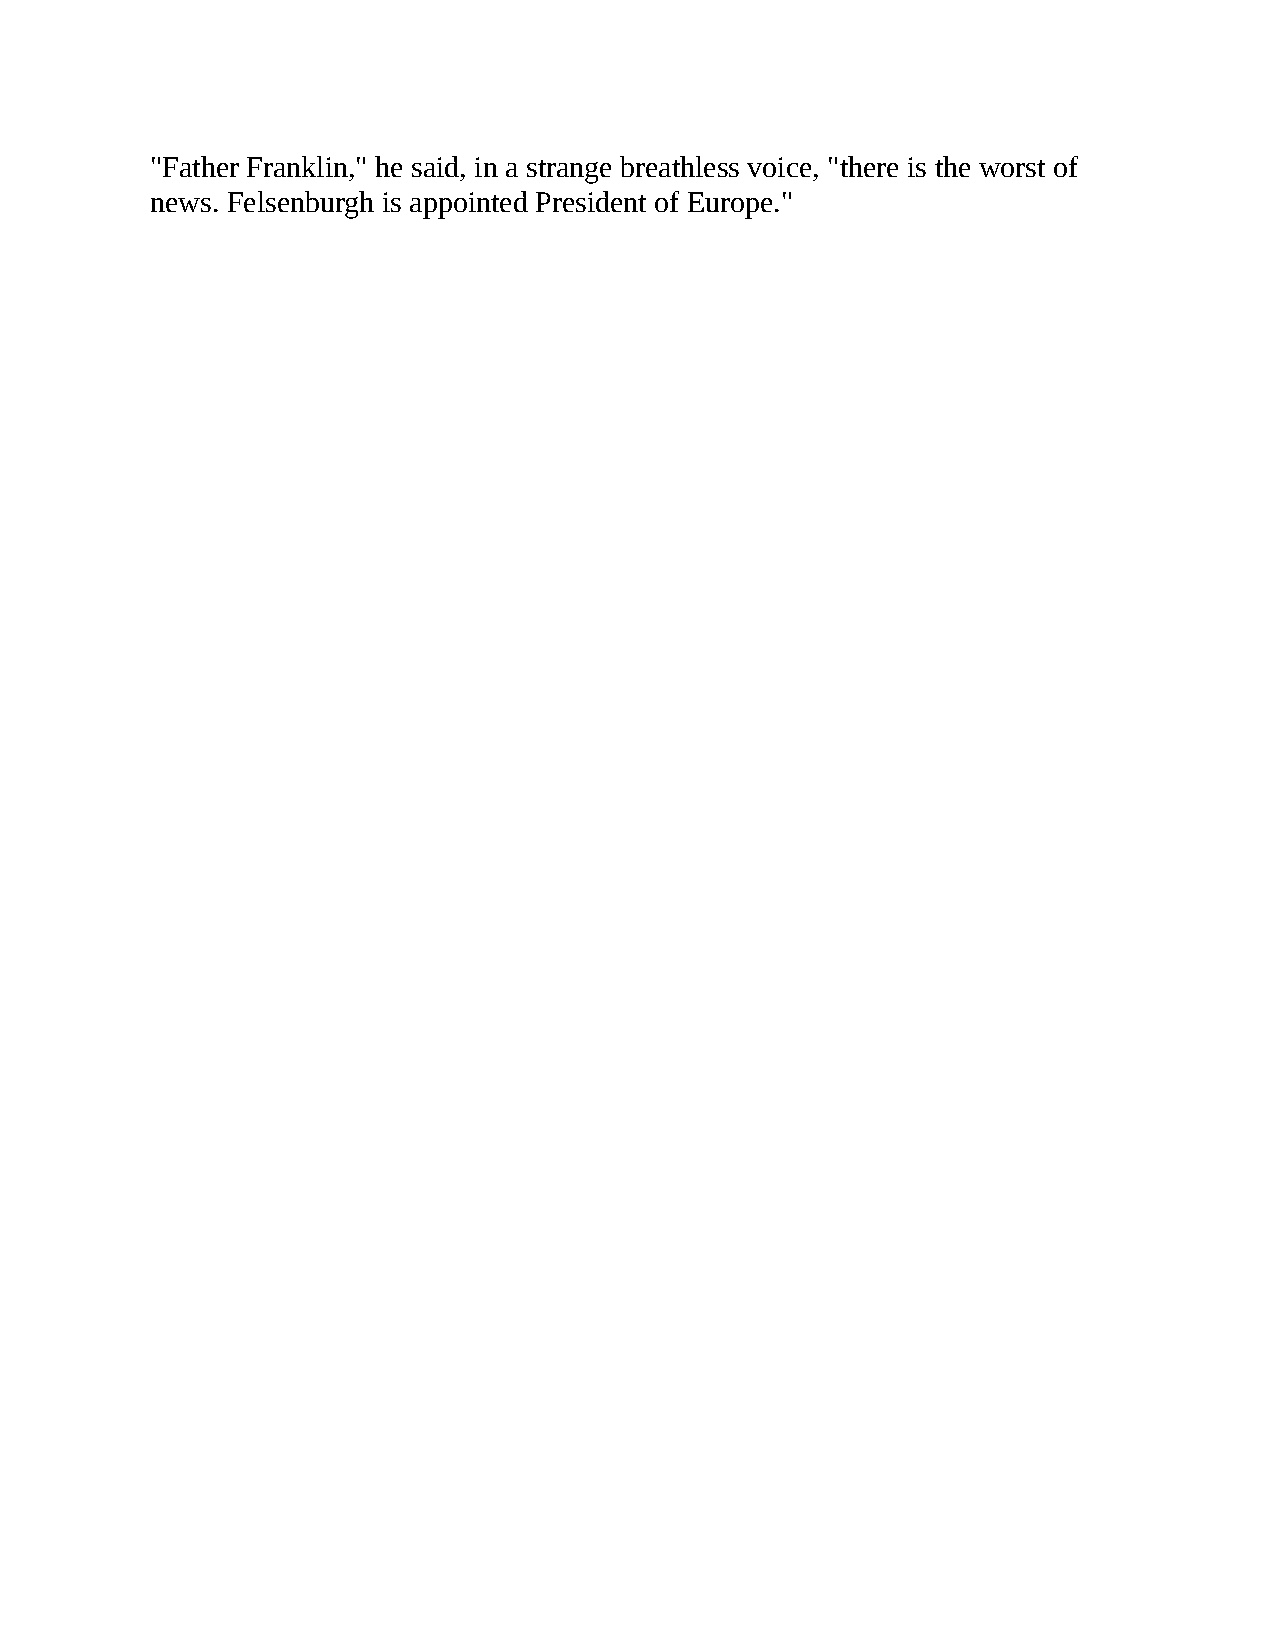
"Father Franklin," he said, in a strange breathless voice, "there is the worst of
 news. Felsenburgh is appointed President of Europe."